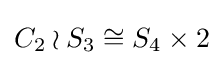
C_{2}\wr S_{3}\cong S_{4}\times 2